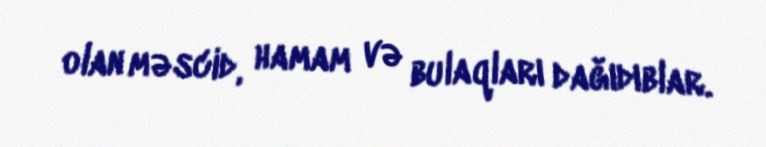
olan məscid, hamam və bulaqları dağıdıblar.